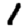
Digit: 1